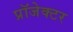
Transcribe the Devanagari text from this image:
प्रॉजेक्टर